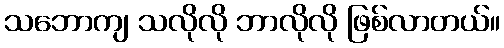
သဘောကျ သလိုလို ဘာလိုလို ဖြစ်လာတယ်။